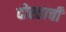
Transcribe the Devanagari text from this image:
दोस्ताची